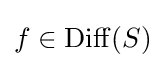
f\in \operatorname {Diff} (S)